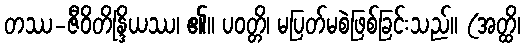
တဿ-ဇီဝိတိန္ဒြိယဿ၊ ၏။ ပဝတ္တိ၊ မပြတ်မစဲဖြစ်ခြင်းသည်။ (အတ္ထိ၊